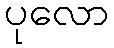
ပုလော